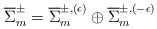
\begin{align*} \overline{\Sigma}^\pm_m=\overline{\Sigma}_m^{\pm,(\epsilon)}\oplus\overline{\Sigma}_m^{\pm,(-\epsilon)}\end{align*}